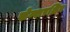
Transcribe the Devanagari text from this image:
सेन्शरशिप